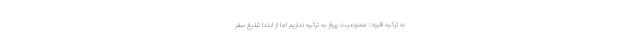
به ترکیه افزود: ممنوعیت پرواز به ترکیه نداریم اما از ابتدا تبلیغ سفر